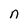
Character: n